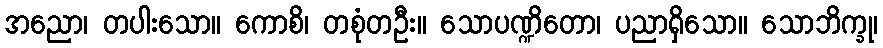
အညော၊ တပါးသော။ ကောစိ၊ တစုံတဦး။ သောပဏ္ဍိတော၊ ပညာရှိသော။ သောဘိက္ခု၊